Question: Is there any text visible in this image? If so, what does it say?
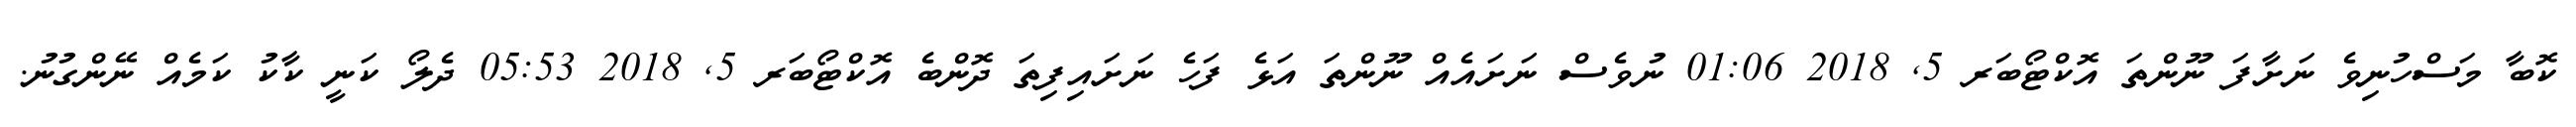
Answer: ކޮބާ މަސްހުނިވެ ނަށާފަ ނޫންތަ އޮކްޓޯބަރ 5, 2018 01:06 ނުވެސް ނަށައެއް ނޫންތަ އަޅެ ފަހެ ނަށައިފިތަ ދޮންބެ އޮކްޓޯބަރ 5, 2018 05:53 ދެލޯ ކަނީ ކާކު ކަމެއް ނޭންގުނު.